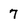
Character: 7